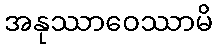
အနုဿာဝေဿာမိ